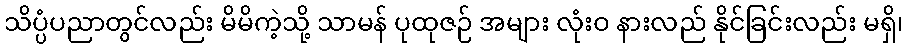
သိပ္ပံပညာတွင်လည်း မိမိကဲ့သို့ သာမန် ပုထုဇဉ် အများ လုံးဝ နားလည် နိုင်ခြင်းလည်း မရှိ၊